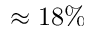
\approx 1 8 \%